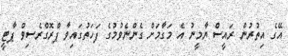
އޭގެ އިތުރުން ރައީސް ޔާމީނު އެ މަގާމަށް ގެންނެވުމުގެ ފަހަތުގައިވާ ޕްރޮގްރެސިވް ޕާޓީ